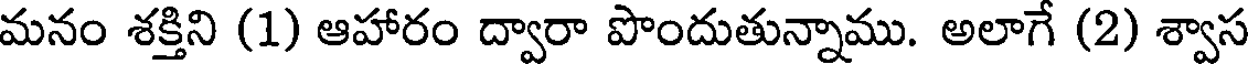
మనం శక్తిని (1) ఆహారం ద్వారా పొందుతున్నాము. అలాగే (2) శ్వాస